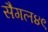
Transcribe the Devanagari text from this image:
सैगल४९